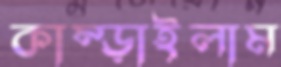
কাম্‌ড়াইলাম